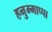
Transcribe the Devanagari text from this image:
हनुम्माप्पा